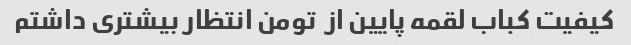
کیفیت کباب لقمه پایین از  تومن انتظار بیشتری داشتم